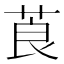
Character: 莨